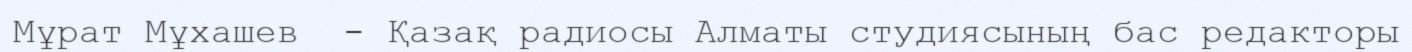
Мұрат Мұхашев  - Қазақ радиосы Алматы студиясының бас редакторы